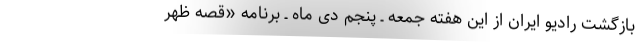
بازگشت رادیو ایران از این هفته جمعه ـ پنجم دی ماه ـ برنامه «قصه ظهر